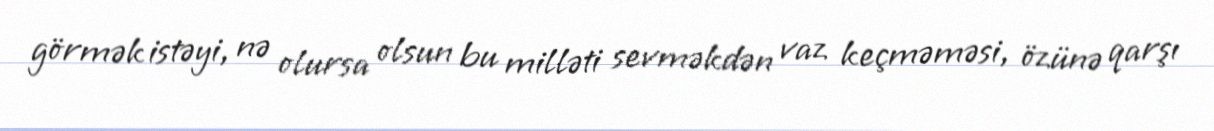
görmək istəyi, nə olursa olsun bu milləti sevməkdən vaz keçməməsi, özünə qarşı